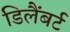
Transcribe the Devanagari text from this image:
डिलैंबर्ट